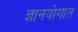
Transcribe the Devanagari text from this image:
ज्ञानयोगात